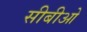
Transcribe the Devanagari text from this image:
सीबीओ